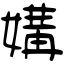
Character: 媾